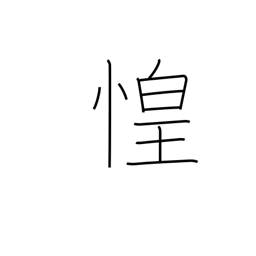
Meaning: fear